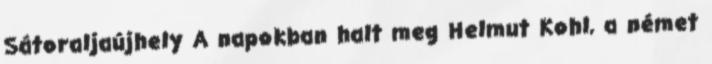
Sátoraljaújhely A napokban halt meg Helmut Kohl, a német